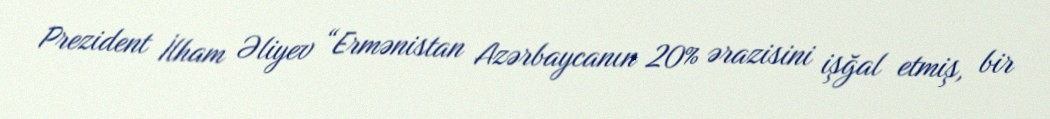
Prezident İlham Əliyev “Ermənistan Azərbaycanın 20% ərazisini işğal etmiş, bir